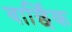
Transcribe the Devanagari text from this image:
वार्छिक